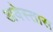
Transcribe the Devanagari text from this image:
अवेस्तास